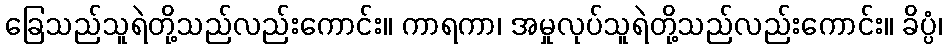
ခြေသည်သူရဲတို့သည်လည်းကောင်း။ ကာရကာ၊ အမှုလုပ်သူရဲတို့သည်လည်းကောင်း။ ခိပ္ပံ၊